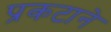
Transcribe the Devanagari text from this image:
प्रकटाने